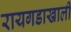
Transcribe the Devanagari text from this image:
रायगडाखाली